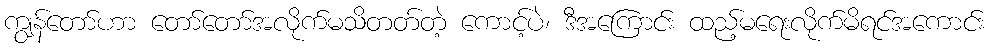
ကျွန်တော်ဟာ တော်တော်အလိုက်မသိတတ်တဲ့ ကောင့်ပဲ၊ ဒီအကြောင်း ထည့်မရေးလိုက်မိရင်အကောင်း